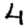
Digit: 4